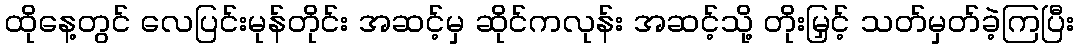
ထိုနေ့တွင် လေပြင်းမုန်တိုင်း အဆင့်မှ ဆိုင်ကလုန်း အဆင့်သို့ တိုးမြှင့် သတ်မှတ်ခဲ့ကြပြီး